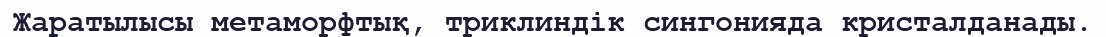
Жаратылысы метаморфтық, триклиндік сингонияда кристалданады.